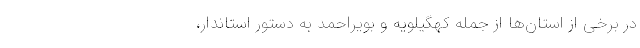
در برخی از استان‌ها از جمله کهگیلویه و بویراحمد به دستور استاندار،